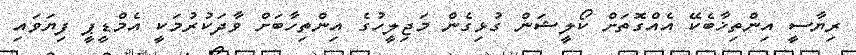
ރިޔާސީ އިންތިޚާބެކޭ އެއްގޮތަށް ކޯލީޝަން ގުޅިގެން މަޖިލީހުގެ އިންތިހާބަށް ވާދަކުރުމަކީ އެމްޑީޕީ ފިޔަވައި